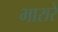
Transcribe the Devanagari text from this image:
भारारे